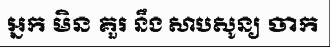
ឣ្នក មិន គួរ នឹង សាបសូន្យ ចាក